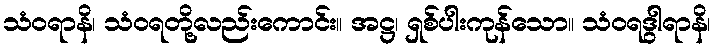
သံဝရာနိ၊ သံဝရတို့လည်းကောင်း။ အဋ္ဌ၊ ရှစ်ပါးကုန်သော။ သံဝရဒွါရာနိ၊